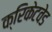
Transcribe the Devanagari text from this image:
क्रिकेटवेड